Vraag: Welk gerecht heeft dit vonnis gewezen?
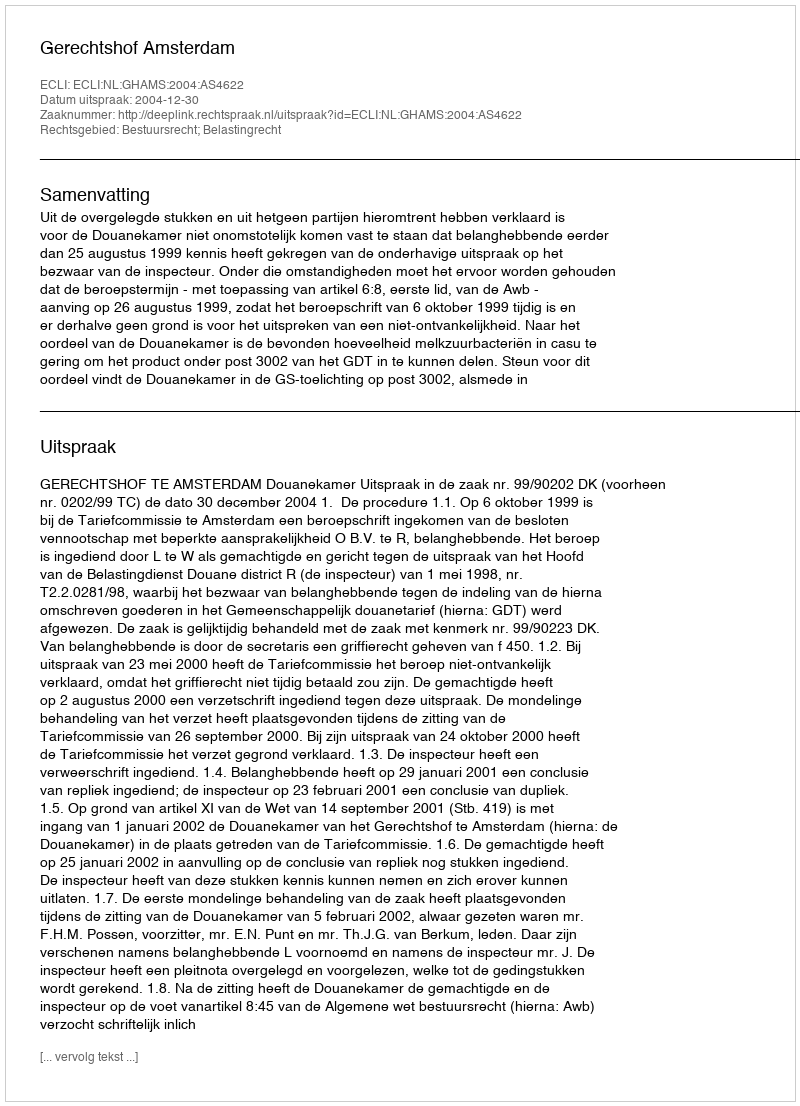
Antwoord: Gerechtshof Amsterdam